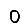
Digit: 0